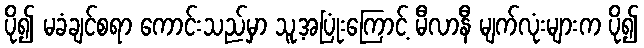
ပို၍ မခံချင်စရာ ကောင်းသည်မှာ သူ့အပြုံးကြောင့် မီလာနီ မျက်လုံးများက ပို၍